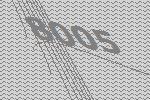
8005